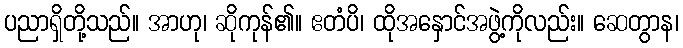
ပညာရှိတို့သည်။ အာဟု၊ ဆိုကုန်၏။ ဧတံပိ၊ ထိုအနှောင်အဖွဲ့ကိုလည်း။ ဆေတွာန၊